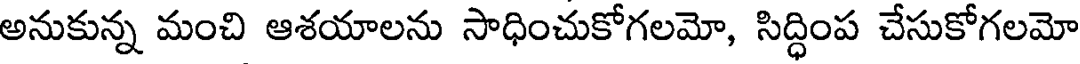
అనుకున్న మంచి ఆశయాలను సాధించుకోగలమో, సిద్ధింప చేసుకోగలమో